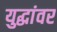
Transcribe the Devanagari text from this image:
युद्धांवर